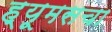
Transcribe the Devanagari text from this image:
ह्यूमसचा